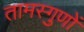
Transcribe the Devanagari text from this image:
तामस्गुणों